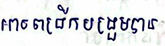
អាចពង្រីកបង្រួមបាន